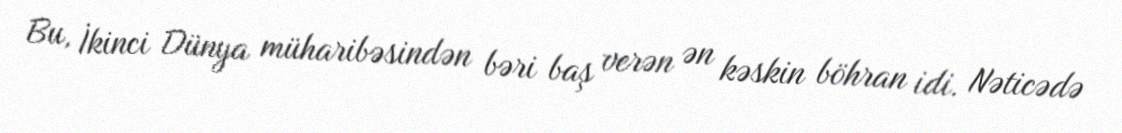
Bu, İkinci Dünya müharibəsindən bəri baş verən ən kəskin böhran idi. Nəticədə